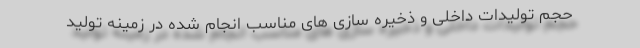
حجم تولیدات داخلی و ذخیره سازی های مناسب انجام شده در زمینه تولید